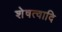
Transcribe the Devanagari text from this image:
शेषत्वादि